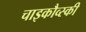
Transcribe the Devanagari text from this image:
चाइकौव्स्की